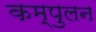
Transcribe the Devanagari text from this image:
कम्पुलन